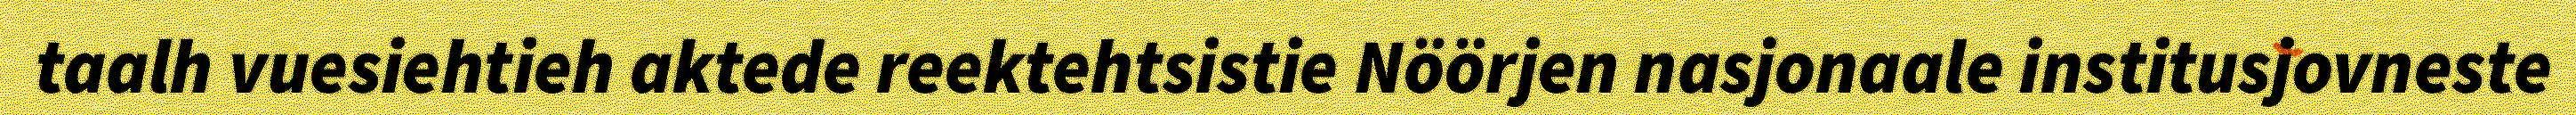
taalh vuesiehtieh aktede reektehtsistie Nöörjen nasjonaale institusjovneste